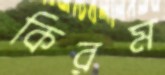
কিরম